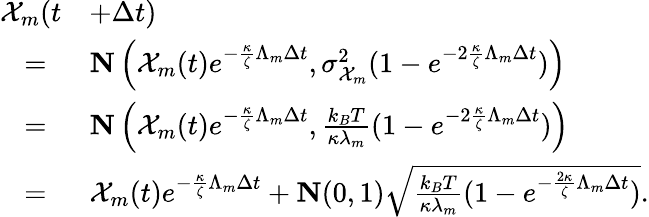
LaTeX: \begin{array}{rl}{\mathcal{X}_{m}(t}&{+\Delta t)}\\ {=~}&{\mathrm{\mathbf{N}}\left(\mathcal{X}_{m}(t)e^{-\frac{\kappa}{\zeta}\Lambda_{m}\Delta t},\sigma_{\mathcal{X}_{m}}^{2}(1-e^{-2\frac{\kappa}{\zeta}\Lambda_{m}\Delta t})\right)}\\ {=~}&{\mathrm{\mathbf{N}}\left(\mathcal{X}_{m}(t)e^{-\frac{\kappa}{\zeta}\Lambda_{m}\Delta t},\frac{k_{B}T}{\kappa\lambda_{m}}(1-e^{-2\frac{\kappa}{\zeta}\Lambda_{m}\Delta t})\right)}\\ {=~}&{\mathcal{X}_{m}(t)e^{-\frac{\kappa}{\zeta}\Lambda_{m}\Delta t}+\mathrm{\mathbf{N}}(0,1)\sqrt{\frac{k_{B}T}{\kappa{\lambda}_{m}}(1-e^{-\frac{2\kappa}{\zeta}\Lambda_{m}\Delta t})}.}\end{array}